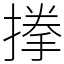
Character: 搼